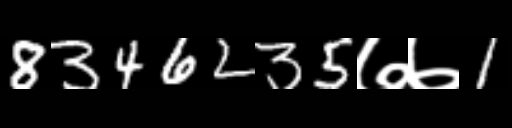
Text: 8346235७७1